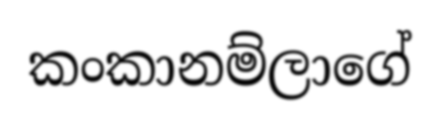
කංකානම්ලාගේ